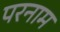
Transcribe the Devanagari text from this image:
परनाम